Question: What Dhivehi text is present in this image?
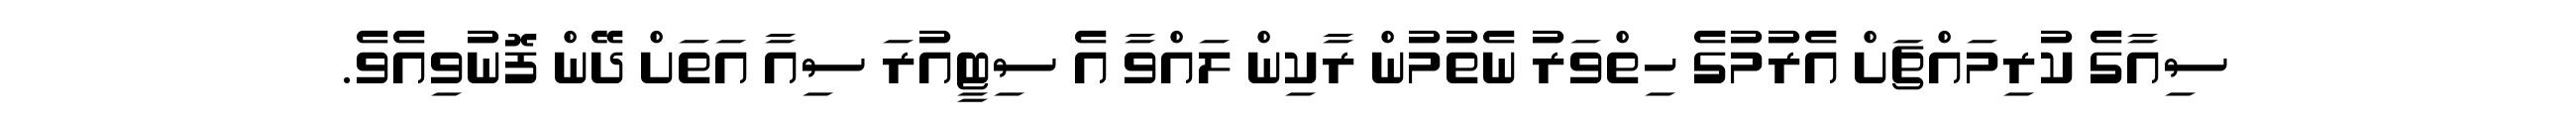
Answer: ސިއާގެ ކުރިމައްޗަށް އެރުމުގެ ހިތްވަރު ނެތުމުން ރާކިން ލައްވާ އެ ސިޓީއުރަ ސިއާ އަތަށް ދޭން ފޮނުވިއެވެ.